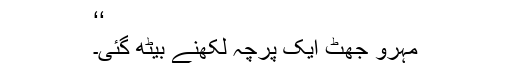
‘‘
مہرو جھٹ ایک پرچہ لکھنے بیٹھ گئی۔